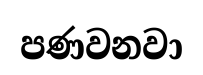
පණවනවා